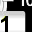
Digit: 1